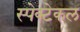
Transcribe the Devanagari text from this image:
स्पेक्टेकल